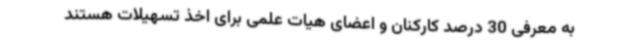
به معرفی 30 درصد کارکنان و اعضای هیات علمی برای اخذ تسهیلات هستند